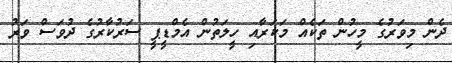
ދެން މިވަރުގެ މީހުން ތަކެއް މަކަރާއި ހީލަތުން އެމްޑީޕީ ސަރުކާރުގެ ދުވަސް ވަރު